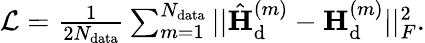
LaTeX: \begin{array}{r}{\mathcal{L}=\frac{1}{2N_{\mathrm{data}}}\sum_{m=1}^{N_{\mathrm{data}}}||\hat{{\mathbf{H}}}_{\mathrm{d}}^{(m)}-{\mathbf{H}}_{\mathrm{d}}^{(m)}||_{F}^{2}.}\end{array}